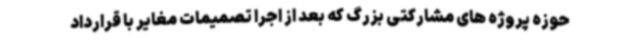
حوزه پروژه های مشارکتی بزرگ که بعد از اجرا تصمیمات مغایر با قرارداد